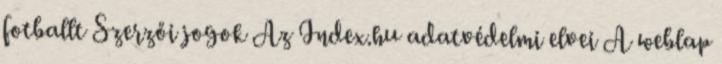
fotballt Szerzői jogok Az Index.hu adatvédelmi elvei A weblap